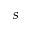
s